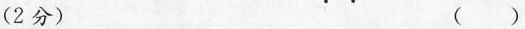
(2分) ( )